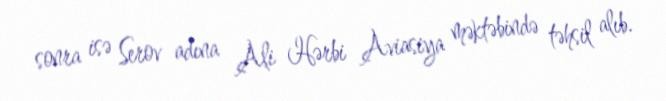
sonra isə Serov adına Ali Hərbi Aviasiya məktəbində təhsil alıb.